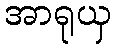
အာရုယှ